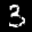
Label: 3